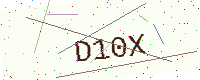
Text: D10X